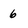
Character: 6